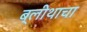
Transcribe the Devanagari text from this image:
ब्लीथाचा